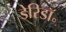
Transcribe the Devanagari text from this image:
डेरिडॉ॰